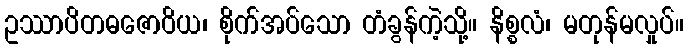
ဥဿာပိတဓဇောဝိယ၊ စိုက်အပ်သော တံခွန်ကဲ့သို့။ နိစ္စလံ၊ မတုန်မလှုပ်။